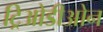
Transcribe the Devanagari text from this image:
ट्रिओडीओन